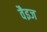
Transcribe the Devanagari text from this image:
वैइज